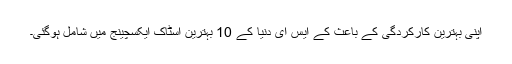
اپنی بہترین کارکردگی کے باعث کے ایس ای دنیا کے 10 بہترین اسٹاک ایکسچینج میں شامل ہوگئی۔